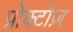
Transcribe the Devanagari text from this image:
प्रोक्टोज़